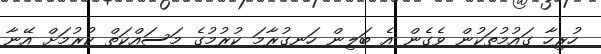
ހުރިހާ ގައުމުތަކުން ވެގެން އެ ބަލިން ހަނގުރާމަ ކުރުމުގެ މަސައްކަތް ކުރުމަށް އޭނާ